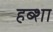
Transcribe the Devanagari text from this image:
हब्शा